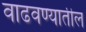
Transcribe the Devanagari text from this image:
वाढवण्यातील